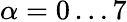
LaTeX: \alpha=0\dots 7